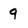
Character: 9